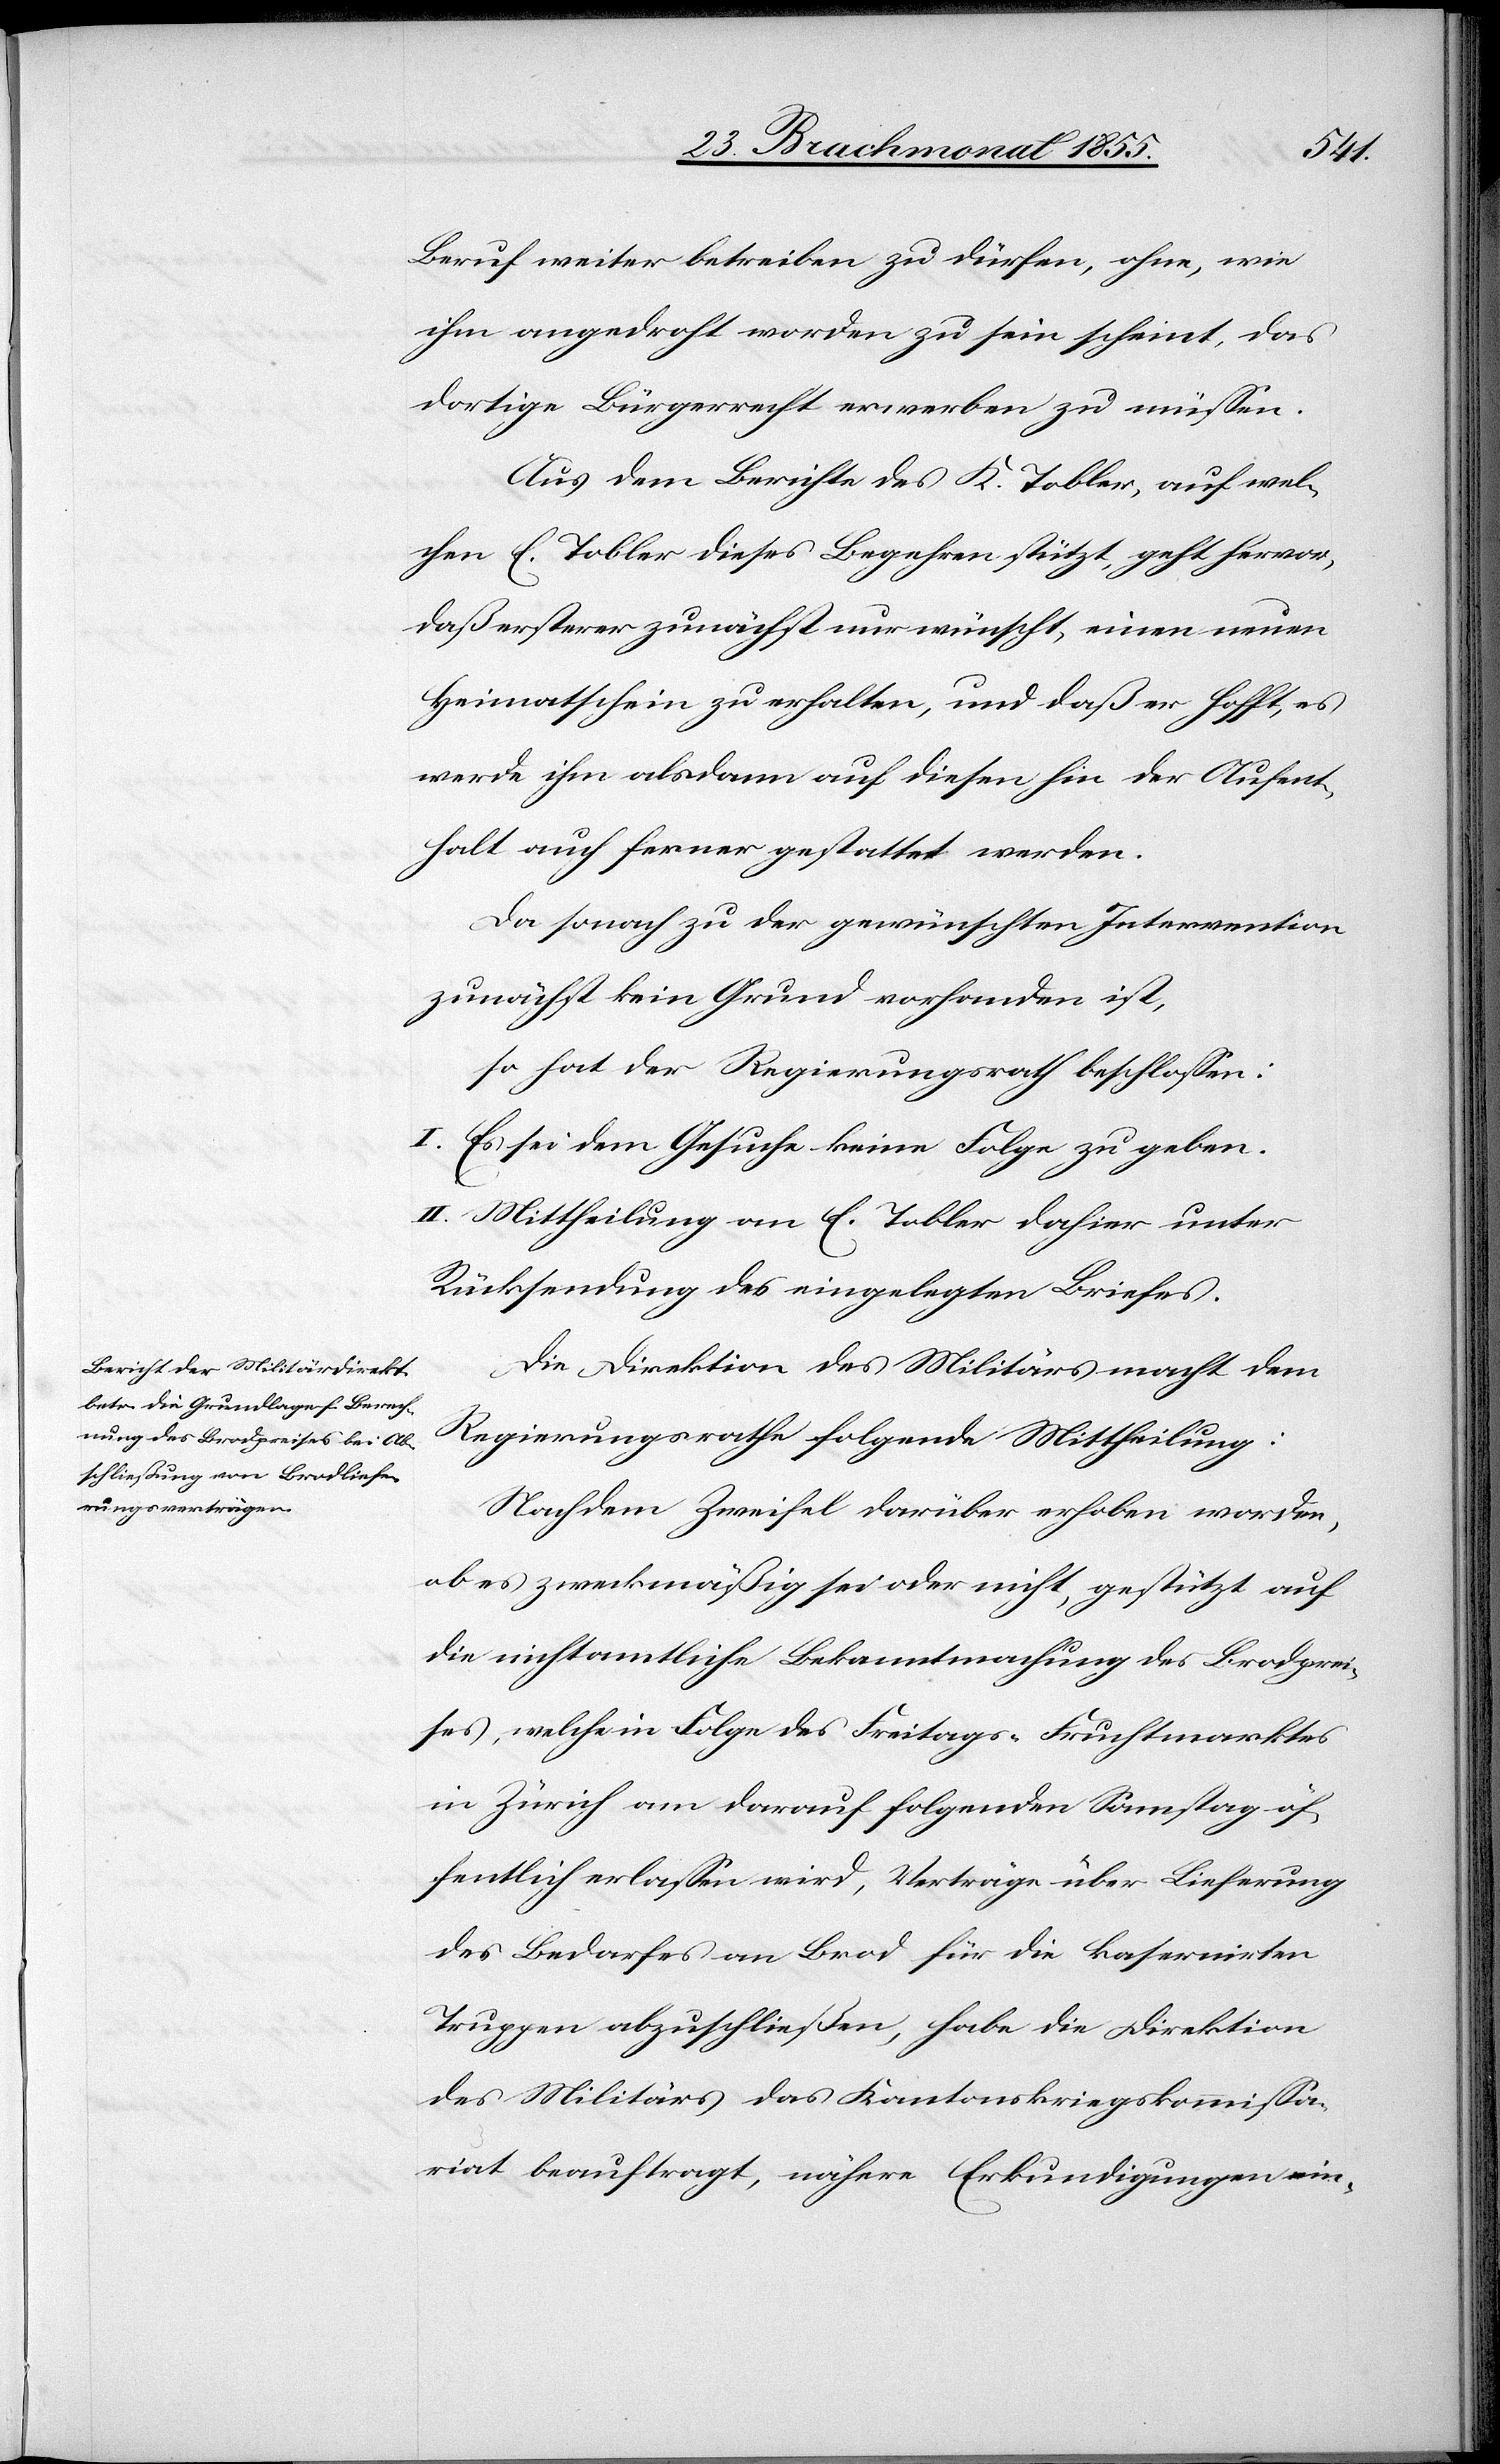
Beruf weiter betreiben zu dürfen, ohne, wie
ihm angedroht worden zu sein scheint, das
dortige Bürgerrecht erwerben zu müssen.
Aus dem Berichte des K. Tobler, auf wel¬
chen E. Tobler dieses Begehren stützt, geht hervor,
daß ersterer zunächst nur wünscht, einen neuen
Heimatschein zu erhalten, und daß er hofft, es
werde ihm alsdann auf diesen hin der Aufent¬
halt auch ferner gestattet werden.
Da sonach zu der gewünschten Intervention
zunächst kein Grund vorhanden ist,
so hat der Regierungsrath beschlossen:
I. Es sei dem Gesuche keine Folge zu geben.
II. Mittheilung an E. Tobler dahier unter
Rücksendung des eingelegten Briefes.
Die Direktion des Militärs macht dem
Regierungsrathe folgende Mittheilung:
Nachdem Zweifel darüber erhoben worden,
ob es zweckmäßig sei oder nicht, gestützt auf
die nichtamtliche Bekanntmachung des Brodprei¬
ses, welche in Folge des Freitags-Fruchtmarktes
in Zürich am darauf folgenden Samstag öf¬
fentlich erlassen wird, Verträge über Lieferung
des Bedarfes an Brod für die kasernirten
Truppen abzuschließen, habe die Direktion
des Militärs das Kantonskriegskommissa¬
riat beauftragt, nähere Erkundigungen ein-